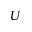
U